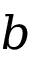
b